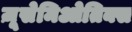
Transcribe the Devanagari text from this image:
ज़ूसेमिओतिक्स